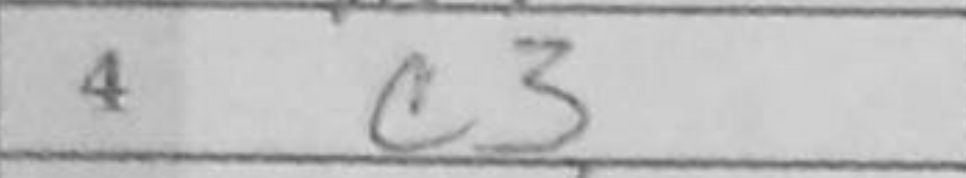
Transcription: c3